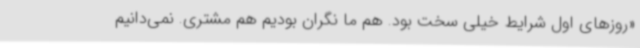
«روزهای اول شرایط خیلی سخت بود. هم ما نگران بودیم هم مشتری. نمی‌دانیم